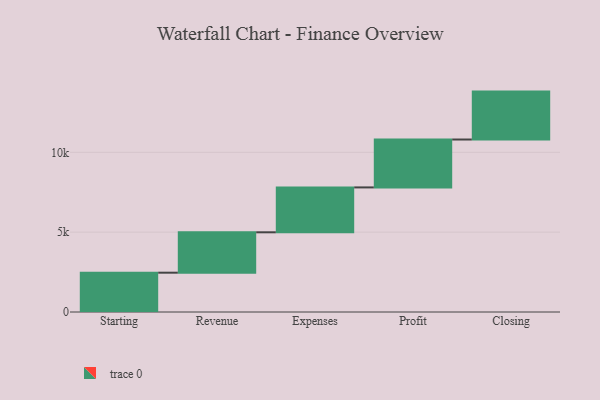
{"axis": {"x": "Step", "y": "Value"}, "legend": [""], "data": [{"x": "Starting", "y": 2462.0, "type": ""}, {"x": "Revenue", "y": 2529.0, "type": ""}, {"x": "Expenses", "y": 2811.0, "type": ""}, {"x": "Profit", "y": 3000, "type": ""}, {"x": "Closing", "y": 3000, "type": ""}]}